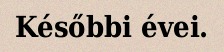
Későbbi évei.